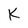
Character: K